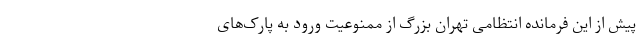
پیش از این فرمانده انتظامی تهران بزرگ از ممنوعیت ورود به پارک‌های